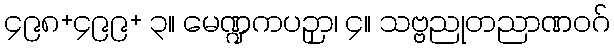
၄၉၈+၄၉၉+ ၃။ မေဏ္ဍကပဉှာ၊ ၄။ သဗ္ဗညုတညာဏဝဂ်